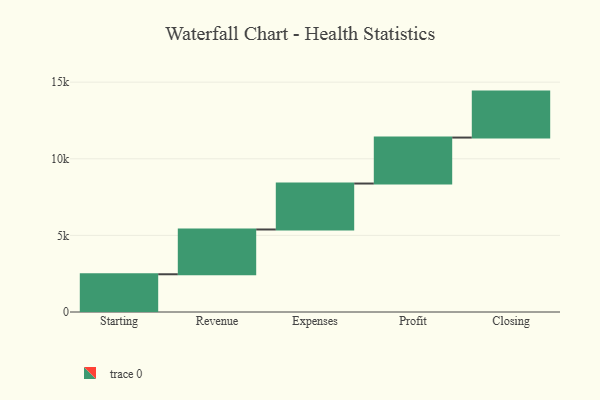
{"axis": {"x": "Step", "y": "Value"}, "legend": [""], "data": [{"x": "Starting", "y": 2463.0, "type": ""}, {"x": "Revenue", "y": 2922.0, "type": ""}, {"x": "Expenses", "y": 3000, "type": ""}, {"x": "Profit", "y": 3000, "type": ""}, {"x": "Closing", "y": 3000, "type": ""}]}